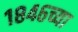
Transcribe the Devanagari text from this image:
१८४६च्या